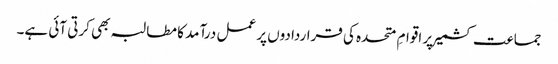
جماعت کشمیر پر اقوامِ متحدہ کی قراردادوں پر عمل درآمد کا مطالبہ بھی کرتی آئی ہے۔